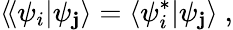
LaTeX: \langle\! \langle\psi_{i}|\psi_{\mathbf{j}}\rangle=\langle\psi_{i}^{*}|\psi_{\mathbf{j}}\rangle\ ,